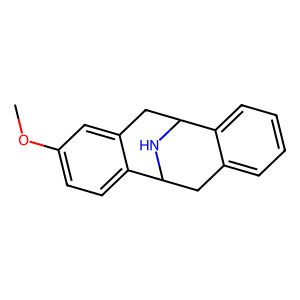
SMILES: COc1ccc2c(c1)CC1NC2Cc2ccccc21
Inhibits HIV replication: No